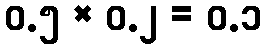
၀.၅ × ၀.၂ = ၀.၁